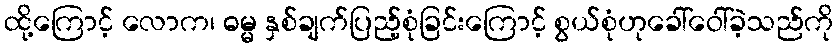
ထို့ကြောင့် လောက၊ ဓမ္မ နှစ်ချက်ပြည့်စုံခြင်းကြောင့် စွယ်စုံဟုခေါ်ဝေါ်ခဲ့သည်ကို